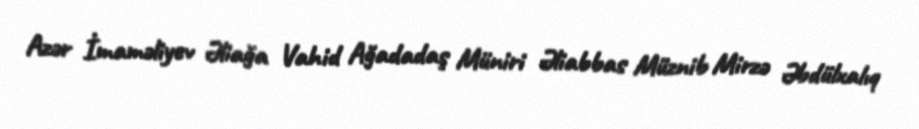
Azər İmaməliyev Əliağa Vahid Ağadadaş Müniri Əliabbas Müznib Mirzə Əbdülxalıq